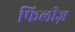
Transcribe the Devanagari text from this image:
फिलीज़